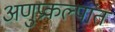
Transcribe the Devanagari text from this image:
अणुप्रकल्पांत